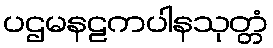
ပဌမနဠကပါနသုတ္တံ